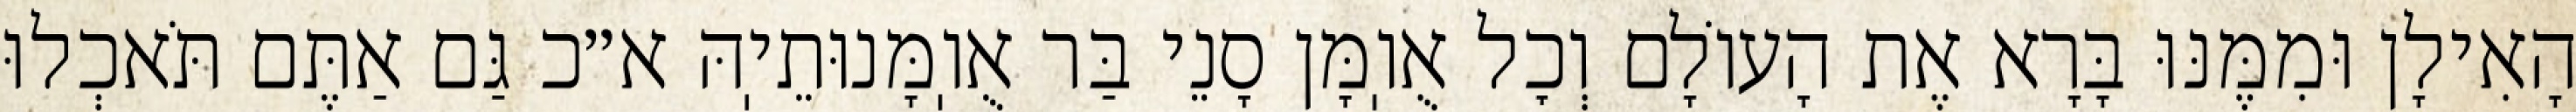
הָאִילָן וּמִמֶּנּוּ בָּרָא אֶת הָעוֹלָם וְכׇל אֻוֽמָּן סָנֵי בַּר אֻוֽמָּנוּתֵיֽהּ א״כ גַּם אַתֶּם תֹּאכְלוּ